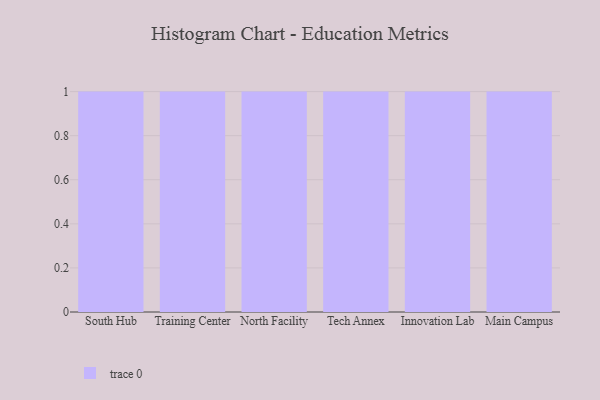
{"axis": {"x": "Campus", "y": "Churn Rate (%)"}, "legend": [""], "data": [{"x": "South Hub", "y": 26, "type": ""}, {"x": "Training Center", "y": 18, "type": ""}, {"x": "North Facility", "y": 91, "type": ""}, {"x": "Tech Annex", "y": 62, "type": ""}, {"x": "Innovation Lab", "y": 49, "type": ""}, {"x": "Main Campus", "y": 68, "type": ""}]}